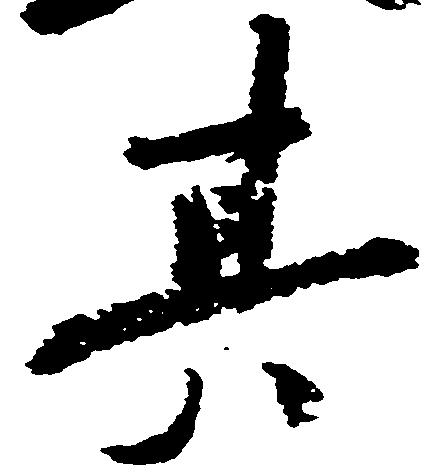
其